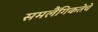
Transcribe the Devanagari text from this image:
समलैंगिकतेचे